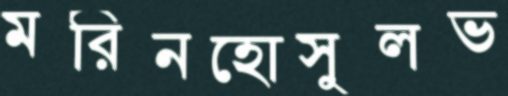
মরিনহোসুলভ